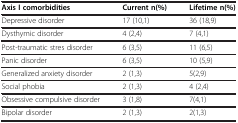
<table><thead><tr><td><b>Axis I comorbidities</b></td><td><b>Current n(%)</b></td><td><b>Lifetime n(%)</b></td></tr></thead><tbody><tr><td>Depressive disorder</td><td>17 (10,1)</td><td>36 (18,9)</td></tr><tr><td>Dysthymic disorder</td><td>4 (2,4)</td><td>7 (4,1)</td></tr><tr><td>Post-traumatic stres disorder</td><td>6 (3,5)</td><td>11 (6,5)</td></tr><tr><td>Panic disorder</td><td>6 (3,5)</td><td>10 (5,9)</td></tr><tr><td>Generalized anxiety disorder</td><td>2 (1,3)</td><td>5(2,9)</td></tr><tr><td>Social phobia</td><td>2 (1,3)</td><td>4 (2,4)</td></tr><tr><td>Obsessive compulsive disorder</td><td>3 (1,8)</td><td>7(4,1)</td></tr><tr><td>Bipolar disorder</td><td>2 (1,3)</td><td>2(1,3)</td></tr></tbody></table>